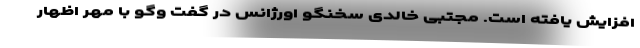
افزایش یافته است. مجتبی خالدی سخنگو اورژانس در گفت وگو با مهر اظهار